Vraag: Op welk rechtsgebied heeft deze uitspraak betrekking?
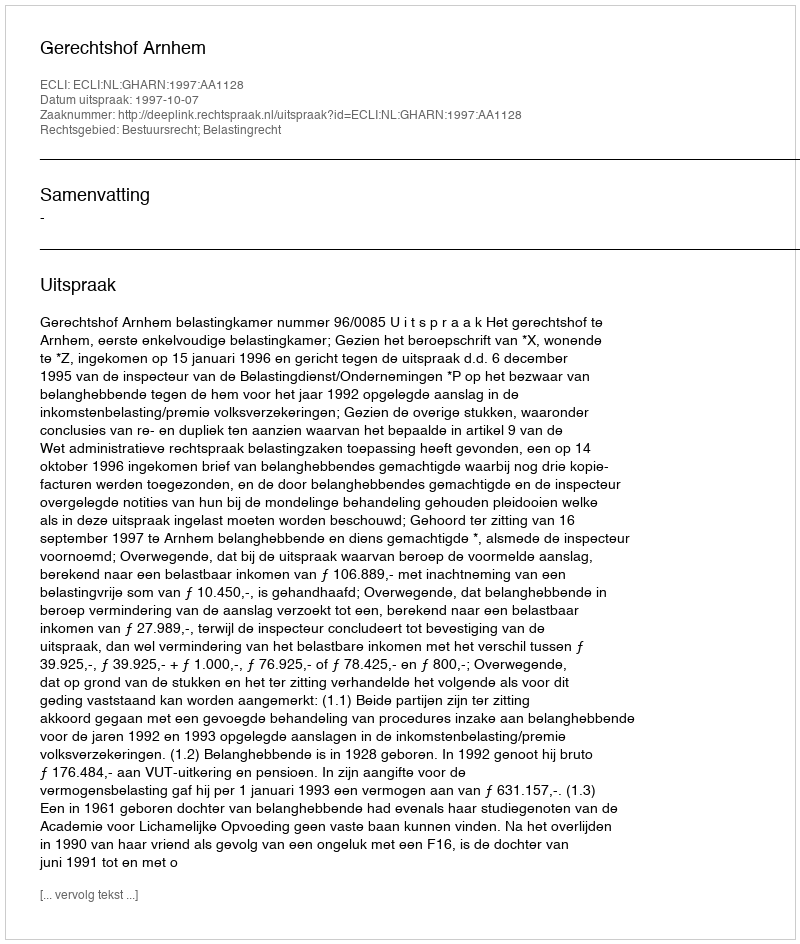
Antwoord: Bestuursrecht; Belastingrecht